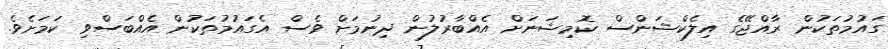
ގައުމުތަކުން ރާއްޖޭގެ އިލެކްޝަންސް ކޮމިޝަނަށް އެއްބާރުލުން ދިނުމަށް ވެސް އެގައުމުތަކުން އެއްބަސްވި ކަމަށެވެ.